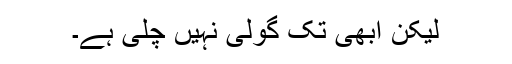
لیکن ابھی تک گولی نہیں چلی ہے۔